Annual report of the Punjab Veterinary College and of the Civil Veterinary Department, Punjab - 1920-1925
Year: 1920
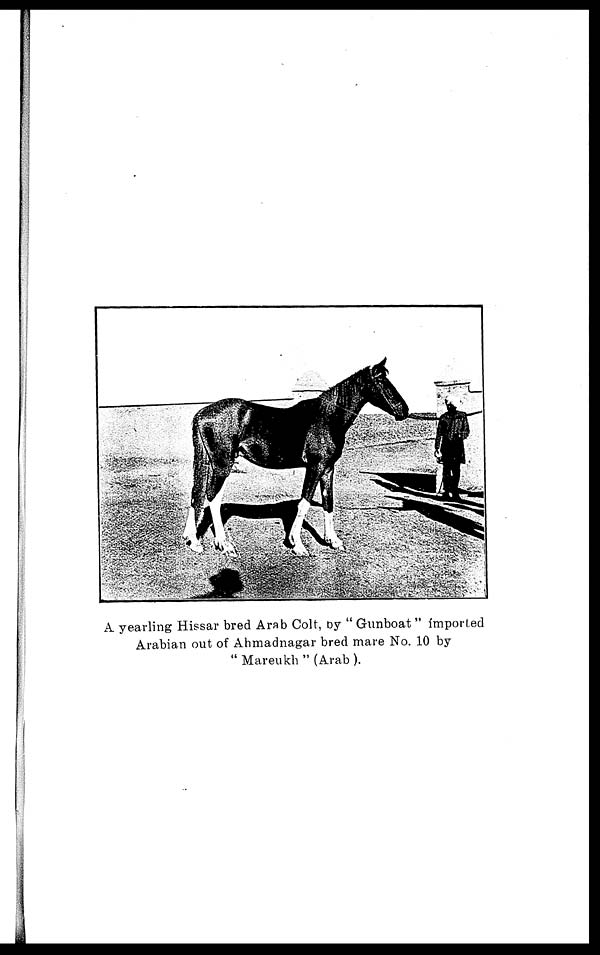
A yearling Hissar bred Arab Colt, by "Gunboat" imported
Arabian out of Ahmadnagar bred mare No. 10 by
"Mareukh" (Arab ).